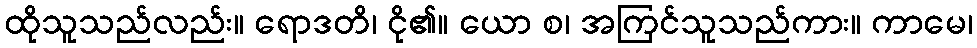
ထိုသူသည်လည်း။ ရောဒတိ၊ ငို၏။ ယော စ၊ အကြင်သူသည်ကား။ ကာမေ၊